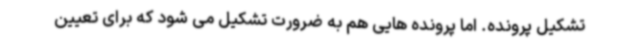
تشکیل پرونده. اما پرونده هایی هم به ضرورت تشکیل می شود که برای تعیین